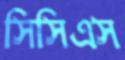
সিসিএস